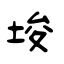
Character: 埈